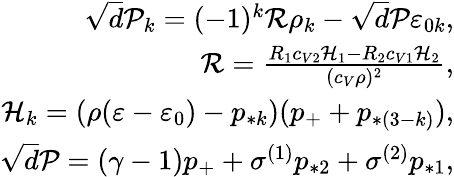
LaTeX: \begin{array}{r}{\sqrt{d}\mathcal{P}_{k}=(-1)^{k}\mathcal{R}\rho_{k}-\sqrt{d}\mathcal{P}\varepsilon_{0k},}\\ {\mathcal{R}=\frac{R_{1}c_{V2}\mathcal{H}_{1}-R_{2}c_{V1}\mathcal{H}_{2}}{(c_{V}\rho)^{2}},}\\ {\mathcal{H}_{k}=(\rho(\varepsilon-\varepsilon_{0})-p_{*k})(p_{+}+p_{*(3-k)}),}\\ {\sqrt{d}\mathcal{P}=(\gamma-1)p_{+}+\sigma^{(1)}p_{*2}+\sigma^{(2)}p_{*1},}\end{array}